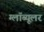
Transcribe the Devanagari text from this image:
ग्लॉब्यूलर